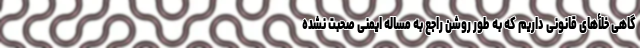
گاهی خلأهای قانونی داریم که به طور روشن راجع به مساله ایمنی صحبت نشده